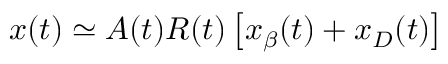
\begin{array} { r } { x ( t ) \simeq A ( t ) R ( t ) \left[ x _ { \beta } ( t ) + x _ { D } ( t ) \right] } \end{array}